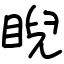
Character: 睨